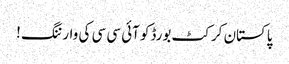
پاکستان کرکٹ بورڈکو آئی سی سی کی وارننگ !